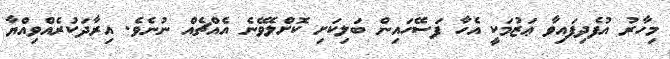
މިހާރު އުފެދިފައިވާ ޢަޒުމަކީ އެހާ ފަސޭހައިން ބަލިކަށި ކޮށްލެވޭނެ އެއްޗެއް ނުނެވެ. އިރާދަކުރެއްވިއްޔާ